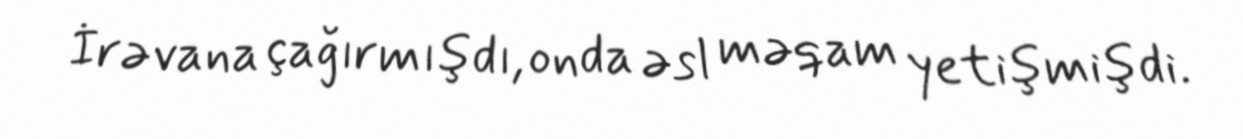
İrəvana çağırmışdı, onda əsl məqam yetişmişdi.